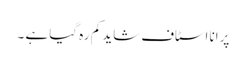
پرانا اسٹاف شاید کم رہ گیا ہے ۔